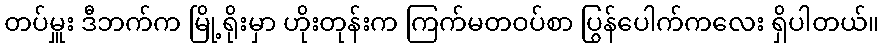
တပ်မှူး ဒီဘက်က မြို့ရိုးမှာ ဟိုးတုန်းက ကြက်မတဝပ်စာ ပြွန်ပေါက်ကလေး ရှိပါတယ်။